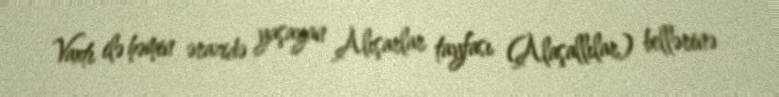
Vaxtı ilə həmin ərazidə yaşayan Alışarlar tayfası (Alaşallılar) bellərinə